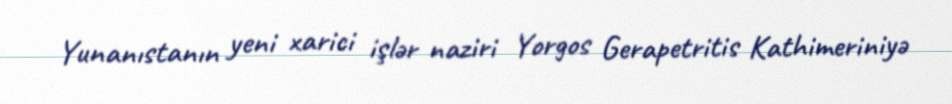
Yunanıstanın yeni xarici işlər naziri Yorgos Gerapetritis Kathimeriniyə